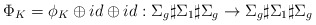
\begin{align*}\Phi_K = \phi_K\oplus id \oplus id:\Sigma_g \sharp \Sigma_{1} \sharp \Sigma_g \to \Sigma_g \sharp \Sigma_{1} \sharp \Sigma_g\end{align*}